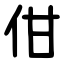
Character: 佄